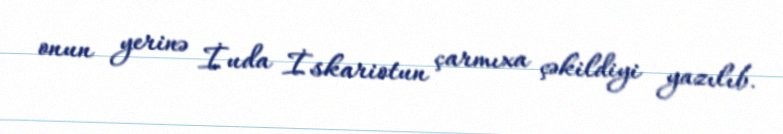
onun yerinə İuda İskariotun çarmıxa çəkildiyi yazılıb.